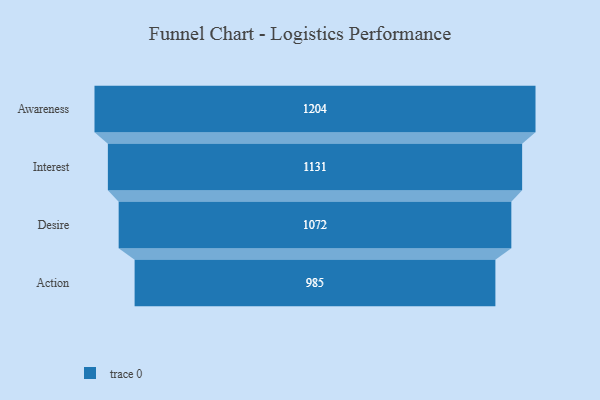
{"axis": {"x": "Stage", "y": "Value"}, "legend": [""], "data": [{"x": "Awareness", "y": 1204.0, "type": ""}, {"x": "Interest", "y": 1131.0, "type": ""}, {"x": "Desire", "y": 1072.0, "type": ""}, {"x": "Action", "y": 985.0, "type": ""}]}